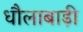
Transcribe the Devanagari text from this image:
धौलाबाड़ी